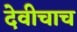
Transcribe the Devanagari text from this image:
देवीचाच